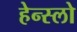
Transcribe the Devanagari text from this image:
हेन्स्लो